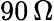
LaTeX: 90\, \Omega